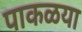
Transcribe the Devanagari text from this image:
पाकळया